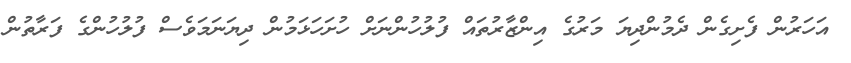
އަހަރުން ފެށިގެން ދެމުންދިޔަ މަރުގެ އިންޒާރުތައް ފުލުހުންނަށް ހުށަހަޅަމުން ދިޔަނަމަވެސް ފުލުހުންގެ ފަރާތުން